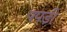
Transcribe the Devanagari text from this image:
पपडी़